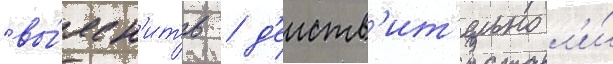
"вы́ясн'ить / д'еиств'ит'ельно л'и́